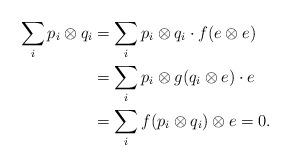
LaTeX: \begin{align*} \sum_i p_i\otimes q_i &= \sum_i p_i\otimes q_i\cdot f(e\otimes e) \\ &= \sum_i p_i\otimes g(q_i\otimes e)\cdot e \\ &= \sum_i f(p_i\otimes q_i)\otimes e = 0. \end{align*}